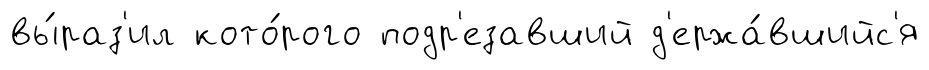
вы́раз'ил кото́рого подр'езавший д'ержа́вшийс'я